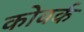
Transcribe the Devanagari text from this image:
कोवर्क